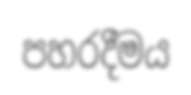
පහරදීමය